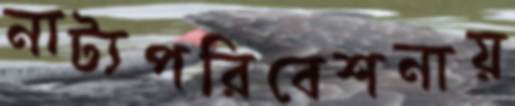
নাট্যপরিবেশনায়